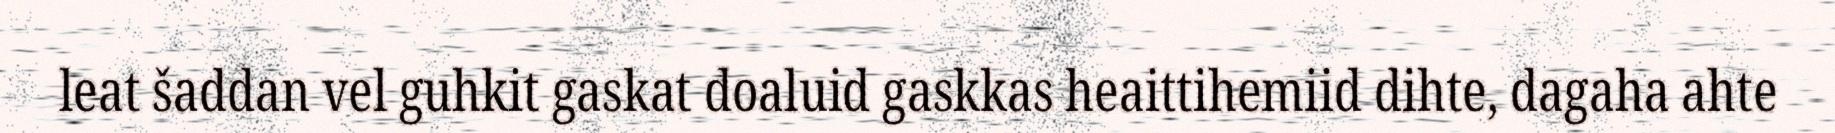
leat šaddan vel guhkit gaskat doaluid gaskkas heaittihemiid dihte, dagaha ahte